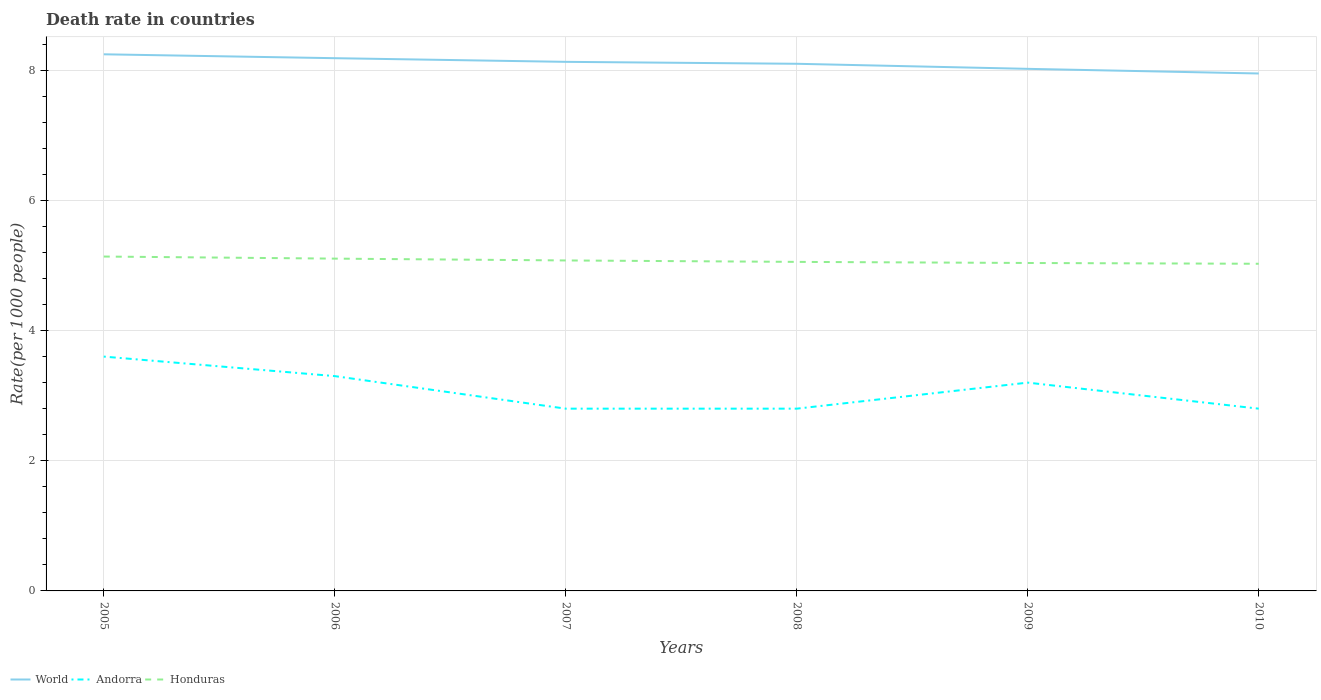
| Years | World | Andorra | Honduras |
 | --- | --- | --- | --- |
 | 2005 | 8.24 | 3.6 | 5.14 |
 | 2006 | 8.18 | 3.3 | 5.11 |
 | 2007 | 8.13 | 2.8 | 5.08 |
 | 2008 | 8.1 | 2.8 | 5.05 |
 | 2009 | 8.02 | 3.2 | 5.04 |
 | 2010 | 7.95 | 2.8 | 5.03 |